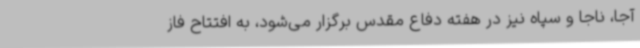
آجا، ناجا و سپاه نیز در هفته دفاع مقدس برگزار می‌شود، به افتتاح فاز